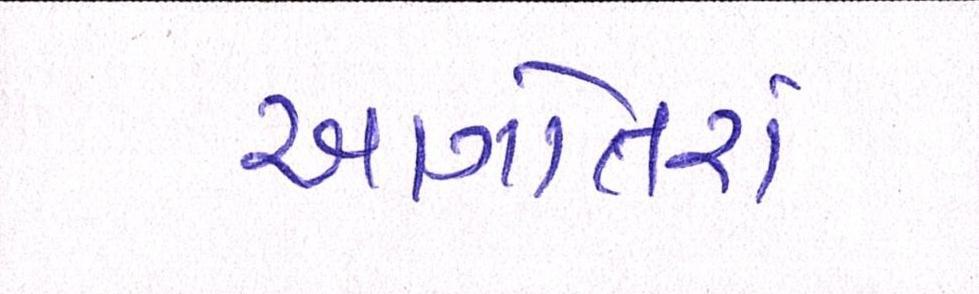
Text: આગોતરાં